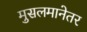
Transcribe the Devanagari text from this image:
मुसलमानेतर